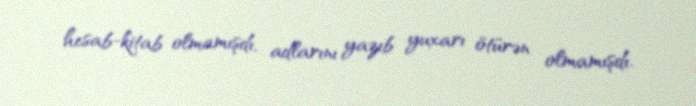
hesab-kitab olmamışdı, adlarını yazıb yuxarı ötürən olmamışdı.